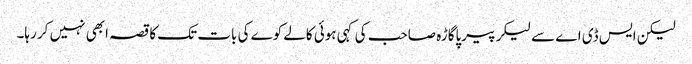
لیکن ایس ڈی اے سے لیکر پیرپاگاڑہ صاحب کی کہی ہوئی کالے کوے کی بات تک کا قصہ ابھی نہیں کر رہا۔